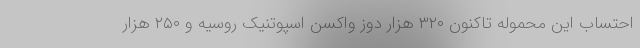
احتساب این محموله تاکنون ۳۲۰ هزار دوز واکسن اسپوتنیک روسیه و ۲۵۰ هزار